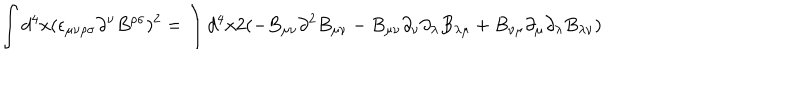
\int d ^ { 4 } x ( \epsilon _ { \mu \nu \rho \sigma } \partial ^ { \nu } B ^ { \rho \sigma } ) ^ { 2 } = \int d ^ { 4 } x 2 ( - B _ { \mu \nu } \partial ^ { 2 } B _ { \mu \nu } - B _ { \mu \nu } \partial _ { \nu } \partial _ { \lambda } B _ { \lambda \mu } + B _ { \nu \mu } \partial _ { \mu } \partial _ { \lambda } B _ { \lambda \nu } )